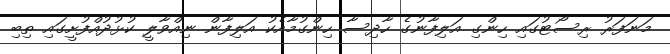
މަނަފަރު ރިސޯޓުގައި ހިންގި އަލިފާނުގެ ހާދިސާ ހިންގުމާއެކު އަލިފާން ނިއްވާލީ ކުޅުދުއްފުށީގައި ތިބި